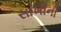
સાખીની